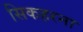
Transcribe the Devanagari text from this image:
सिकहरना